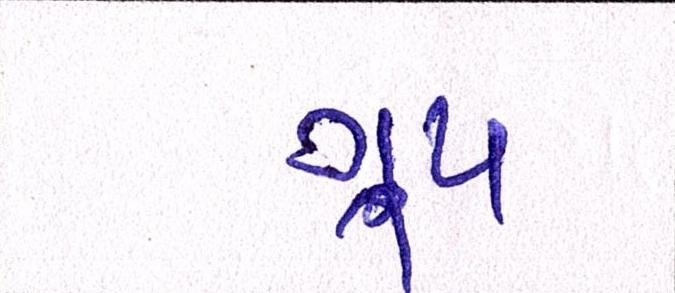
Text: ગ્રૂપ